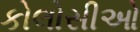
કોલોસીઓ